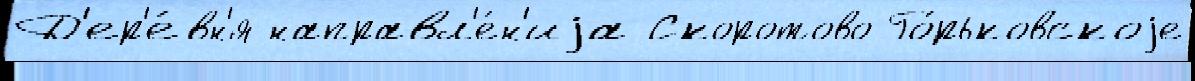
Д'ер'е́вн'я направл'е́н'иjа Скоротово Го́рьковскоjе